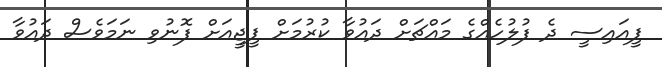
ޕީއައިސީ ދެ ފުލުހެއްގެ މައްޗަށް ދައުވާ ކުރުމަށް ޕީޖީއަށް ފޮނުވި ނަމަވެސް ދައުވާ